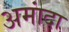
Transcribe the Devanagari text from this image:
अमांदा